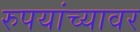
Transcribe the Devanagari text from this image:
रुपयांच्यावर